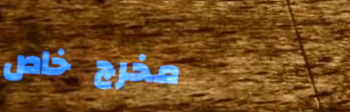
مخرج خاص